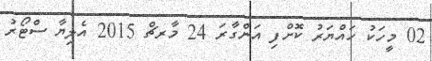
02 މީހަކު ހައްޔަރު ކޮށްފި އަންގާރަ 24 މާރޗް 2015 އެލިޔާ ސްޓޯރު